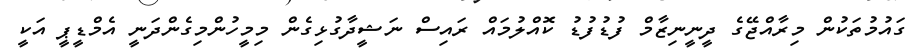
ގައުމުތަކުން މިރާއްޖޭގެ ދީނީނިޒާމް ފުޑުފުޑު ކޮއްލުމައް ރައިސް ނަޝީދާގުޅިގެން މިމީހުންމިގެންދަނީ އެމްޑީޕީ އަކީ